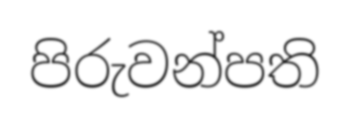
පිරුවන්පති